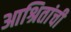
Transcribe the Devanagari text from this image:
आश्रितांची